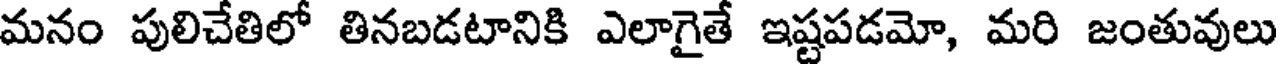
మనం పులిచేతిలో తినబడటానికి ఎలాగైతే ఇష్టపడమో, మరి జంతువులు